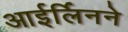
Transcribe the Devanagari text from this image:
आईर्लिनने